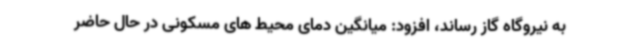
به نیروگاه گاز رساند، افزود: میانگین دمای محیط های مسکونی در حال حاضر